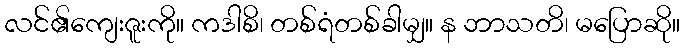
လင်၏ကျေးဇူးကို။ ကဒါစိ၊ တစ်ရံတစ်ခါမျှ။ န ဘာသတိ၊ မပြောဆို။